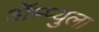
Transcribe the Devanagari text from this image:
ॲेम्प्युला